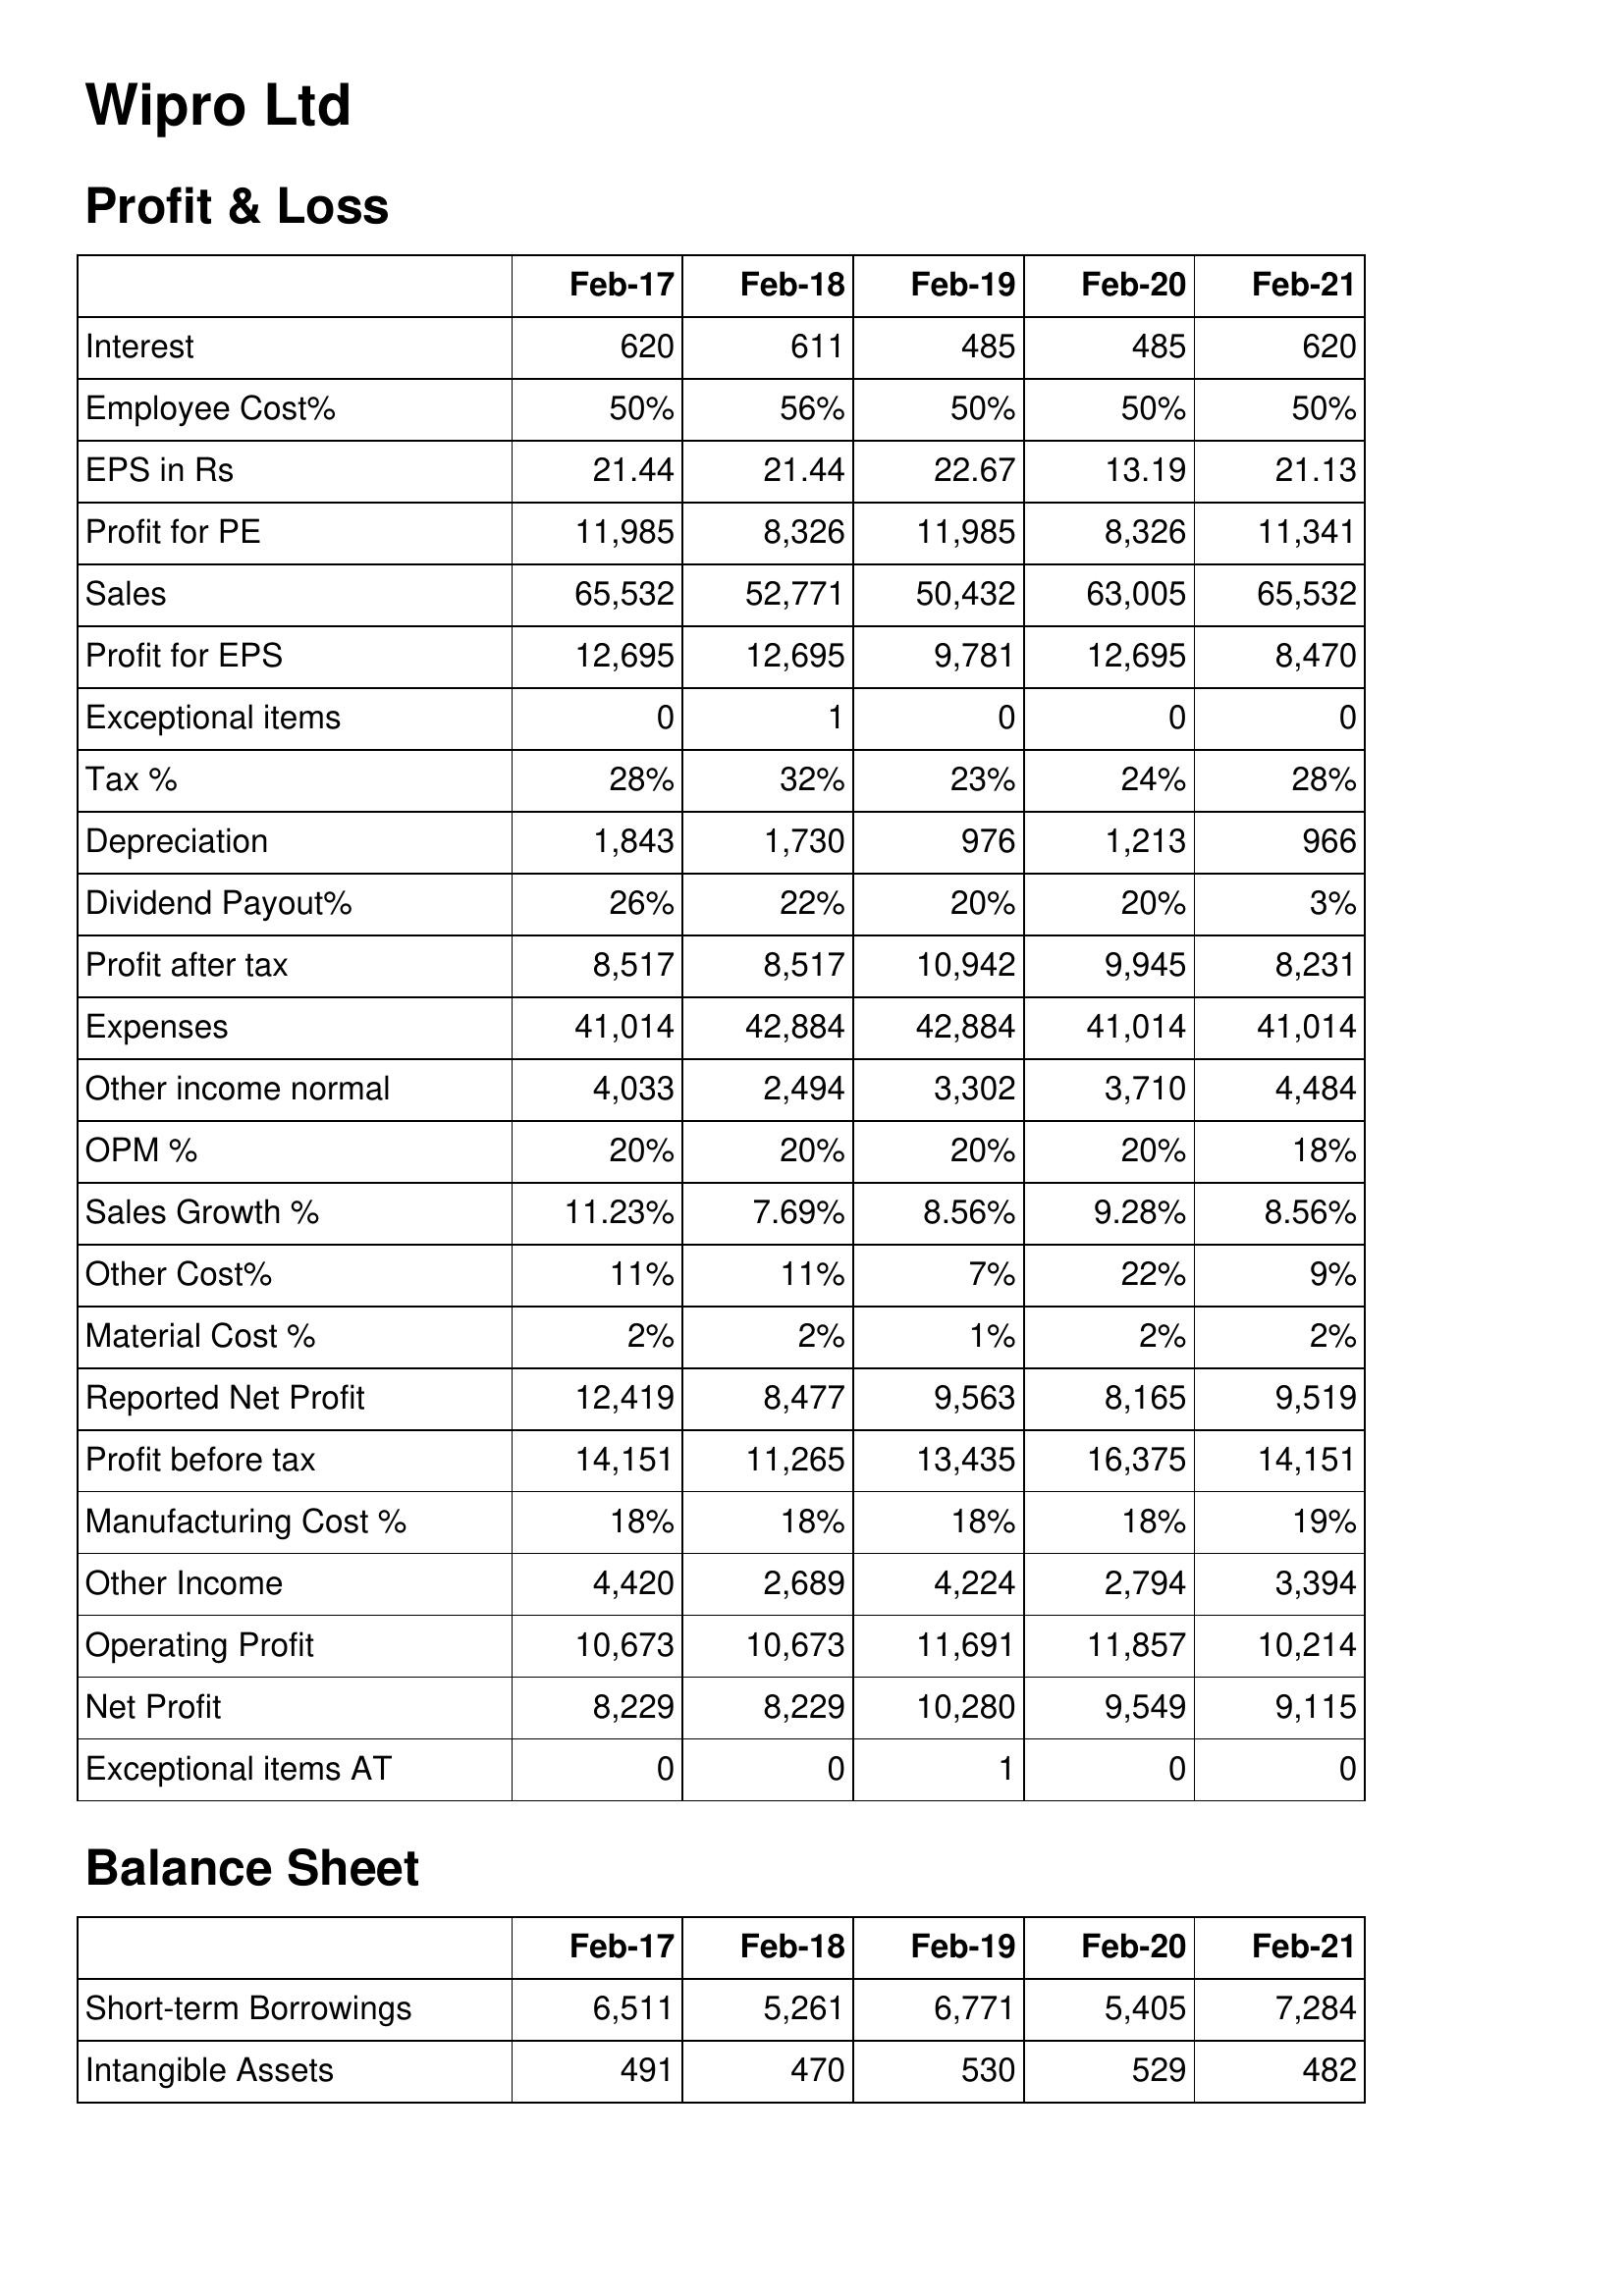
Feb-17: Profit & Loss: Interest: 620
Employee Cost%: 50%
EPS in Rs: 21.44
Profit for PE: 11,985
Sales: 65,532
Profit for EPS: 12,695
Exceptional items: 0
Tax %: 28%
Depreciation: 1,843
Dividend Payout%: 26%
Profit after tax: 8,517
Expenses: 41,014
Other income normal: 4,033
OPM %: 20%
Sales Growth %: 11.23%
Other Cost%: 11%
Material Cost %: 2%
Reported Net Profit: 12,419
Profit before tax: 14,151
Manufacturing Cost %: 18%
Other Income: 4,420
Operating Profit: 10,673
Net Profit: 8,229
Exceptional items AT: 0
Balance Sheet: Short-term Borrowings: 6,511
Intangible Assets: 491
Feb-18: Profit & Loss: Interest: 611
Employee Cost%: 56%
EPS in Rs: 21.44
Profit for PE: 8,326
Sales: 52,771
Profit for EPS: 12,695
Exceptional items: 1
Tax %: 32%
Depreciation: 1,730
Dividend Payout%: 22%
Profit after tax: 8,517
Expenses: 42,884
Other income normal: 2,494
OPM %: 20%
Sales Growth %: 7.69%
Other Cost%: 11%
Material Cost %: 2%
Reported Net Profit: 8,477
Profit before tax: 11,265
Manufacturing Cost %: 18%
Other Income: 2,689
Operating Profit: 10,673
Net Profit: 8,229
Exceptional items AT: 0
Balance Sheet: Short-term Borrowings: 5,261
Intangible Assets: 470
Feb-19: Profit & Loss: Interest: 485
Employee Cost%: 50%
EPS in Rs: 22.67
Profit for PE: 11,985
Sales: 50,432
Profit for EPS: 9,781
Exceptional items: 0
Tax %: 23%
Depreciation: 976
Dividend Payout%: 20%
Profit after tax: 10,942
Expenses: 42,884
Other income normal: 3,302
OPM %: 20%
Sales Growth %: 8.56%
Other Cost%: 7%
Material Cost %: 1%
Reported Net Profit: 9,563
Profit before tax: 13,435
Manufacturing Cost %: 18%
Other Income: 4,224
Operating Profit: 11,691
Net Profit: 10,280
Exceptional items AT: 1
Balance Sheet: Short-term Borrowings: 6,771
Intangible Assets: 530
Feb-20: Profit & Loss: Interest: 485
Employee Cost%: 50%
EPS in Rs: 13.19
Profit for PE: 8,326
Sales: 63,005
Profit for EPS: 12,695
Exceptional items: 0
Tax %: 24%
Depreciation: 1,213
Dividend Payout%: 20%
Profit after tax: 9,945
Expenses: 41,014
Other income normal: 3,710
OPM %: 20%
Sales Growth %: 9.28%
Other Cost%: 22%
Material Cost %: 2%
Reported Net Profit: 8,165
Profit before tax: 16,375
Manufacturing Cost %: 18%
Other Income: 2,794
Operating Profit: 11,857
Net Profit: 9,549
Exceptional items AT: 0
Balance Sheet: Short-term Borrowings: 5,405
Intangible Assets: 529
Feb-21: Profit & Loss: Interest: 620
Employee Cost%: 50%
EPS in Rs: 21.13
Profit for PE: 11,341
Sales: 65,532
Profit for EPS: 8,470
Exceptional items: 0
Tax %: 28%
Depreciation: 966
Dividend Payout%: 3%
Profit after tax: 8,231
Expenses: 41,014
Other income normal: 4,484
OPM %: 18%
Sales Growth %: 8.56%
Other Cost%: 9%
Material Cost %: 2%
Reported Net Profit: 9,519
Profit before tax: 14,151
Manufacturing Cost %: 19%
Other Income: 3,394
Operating Profit: 10,214
Net Profit: 9,115
Exceptional items AT: 0
Balance Sheet: Short-term Borrowings: 7,284
Intangible Assets: 482